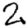
Digit: 2